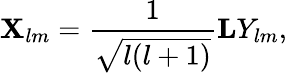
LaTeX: {\mathbf X}_{lm}={\frac{1}{\sqrt{l(l+1)}}}{\mathbf L}Y_{lm},